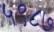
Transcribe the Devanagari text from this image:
५९८७